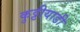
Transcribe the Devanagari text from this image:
कुट्टीयाडी